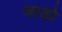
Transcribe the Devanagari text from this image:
जाडो